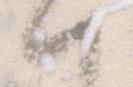
一